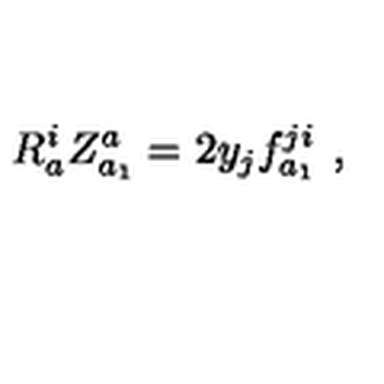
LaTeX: R _ { a } ^ { i } Z _ { a _ { 1 } } ^ { a } = 2 y _ { j } f _ { a _ { 1 } } ^ { j i } \ ,